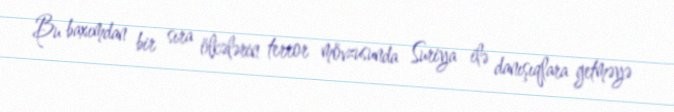
Bu baxımdan bir sıra ölkələrin terror mövzusunda Suriya ilə danışıqlara getməyə